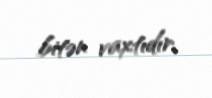
bitən vaxtıdır.